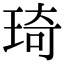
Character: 琦